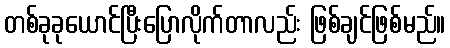
တစ်ခုခုယောင်ပြီးပြောလိုက်တာလည်း ဖြစ်ချင်ဖြစ်မည်။